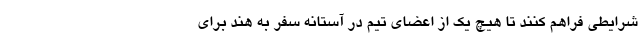
شرایطی فراهم کنند تا هیچ یک از اعضای تیم در آستانه سفر به هند برای